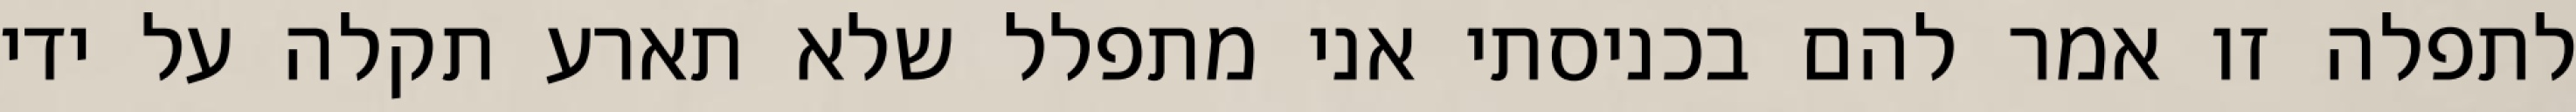
לתפלה זו אמר להם בכניסתי אני מתפלל שלא תארע תקלה על ידי